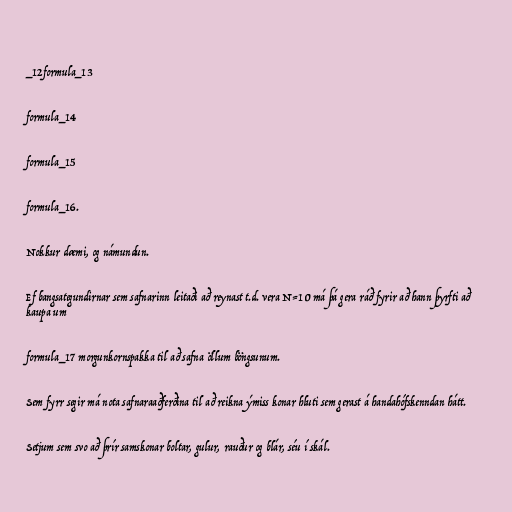
_12formula_13

formula_14

formula_15

formula_16.

Nokkur dæmi, og námundun.

Ef bangsategundirnar sem safnarinn leitaði að reynast t.d. vera N=10 má þá gera ráð fyrir að hann þyrfti að
kaupa um

formula_17 morgunkornspakka til að safna öllum böngsunum.

Sem fyrr segir má nota safnaraaðferðina til að reikna ýmiss konar hluti sem gerast á handahófskenndan hátt.

Setjum sem svo að þrír samskonar boltar, gulur, rauður og blár, séu í skál.